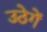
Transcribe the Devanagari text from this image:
उठेगें